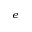
^ e